Report of the Imperial Institute of Veterinary Research, Muktesar
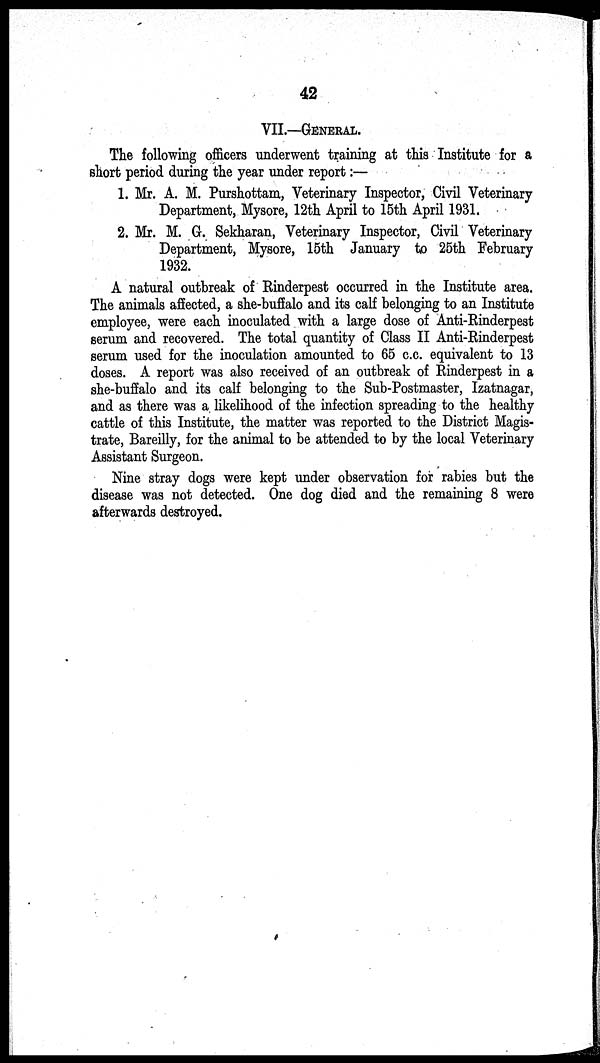
42
VII.—GENERAL.
The following officers underwent training at this Institute for a
short period during the year under report :—
1. Mr. A. M. Purshottam, Veterinary Inspector, Civil Veterinary
Department, Mysore, 12th April to 15th April 1931.
2. Mr. M. G. Sekharan, Veterinary Inspector, Civil Veterinary
Department, Mysore, 15th January to 25th February
1932.
A natural outbreak of Rinderpest occurred in the Institute area.
The animals affected, a she-buffalo and its calf belonging to an Institute
employee, were each inoculated with a large dose of Anti-Rinderpest
serum and recovered. The total quantity of Class II Anti-Rinderpest
serum used for the inoculation amounted to 65 c.c. equivalent to 13
doses. A report was also received of an outbreak of Rinderpest in a
she-buffalo and its calf belonging to the Sub-Postmaster, Izatnagar,
and as there was a likelihood of the infection spreading to the healthy
cattle of this Institute, the matter was reported to the District Magis-
trate, Bareilly, for the animal to be attended to by the local Veterinary
Assistant Surgeon.
Nine stray dogs were kept under observation for rabies but the
disease was not detected. One dog died and the remaining 8 were
afterwards destroyed.